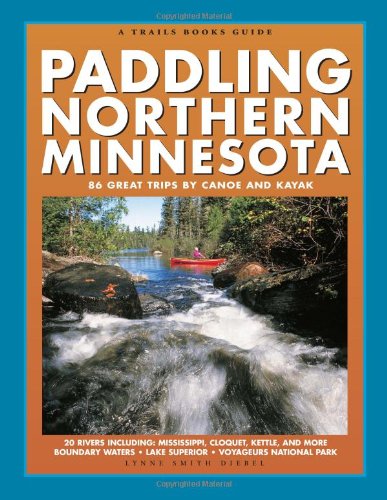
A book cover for Paddling Northern Minnesota: 86 Great Trips by Canoe and Kayak (Trails Books Guide); Lynne Smith Diebel; Sports & Outdoors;